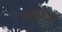
વફાદર